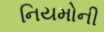
નિયમોની